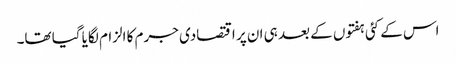
اس کے کئی ہفتوں کے بعد ہی ان پر اقتصادی جرم کا الزام لگایا گیا تھا۔